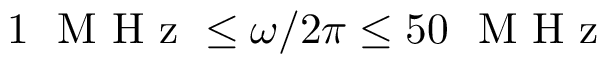
1 ~ \mathrm { ~ M ~ H ~ z ~ } \leq \omega / 2 \pi \leq 5 0 ~ \mathrm { ~ M ~ H ~ z ~ }